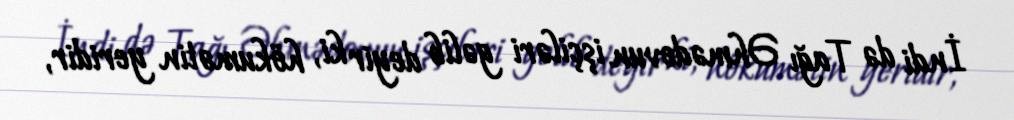
İndi də Tağı Əhmədovun işçiləri gəlib deyir ki, hökumətin yeridir,